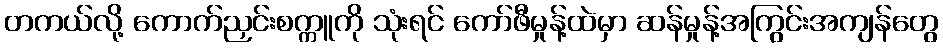
တကယ်လို့ ကောက်ညှင်းစက္ကူကို သုံးရင် ကော်ဖီမှုန့်ထဲမှာ ဆန်မှုန့်အကြွင်းအကျန်တွေ